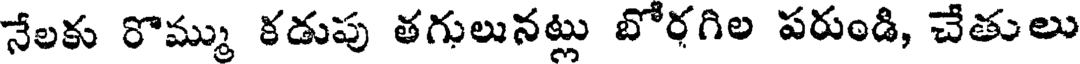
నేలకు రొమ్ము కడుపు తగులునట్లు బోరగిల పరుండి, చేతులు